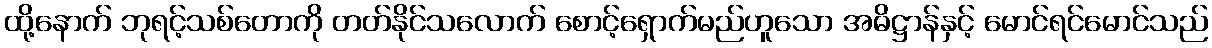
ထို့နောက် ဘုရင့်သစ်တောကို တတ်နိုင်သလောက် စောင့်ရှောက်မည်ဟူသော အဓိဋ္ဌာန်နှင့် မောင်ရင်မောင်သည်